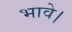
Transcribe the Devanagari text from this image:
भावे।